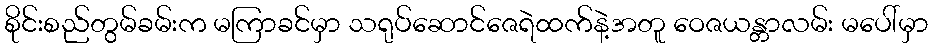
စိုင်းစည်တွမ်ခမ်းက မကြာခင်မှာ သရုပ်ဆောင်ဇေရဲထက်နဲ့အတူ ဝေဇယန္တာလမ်း မပေါ်မှာ